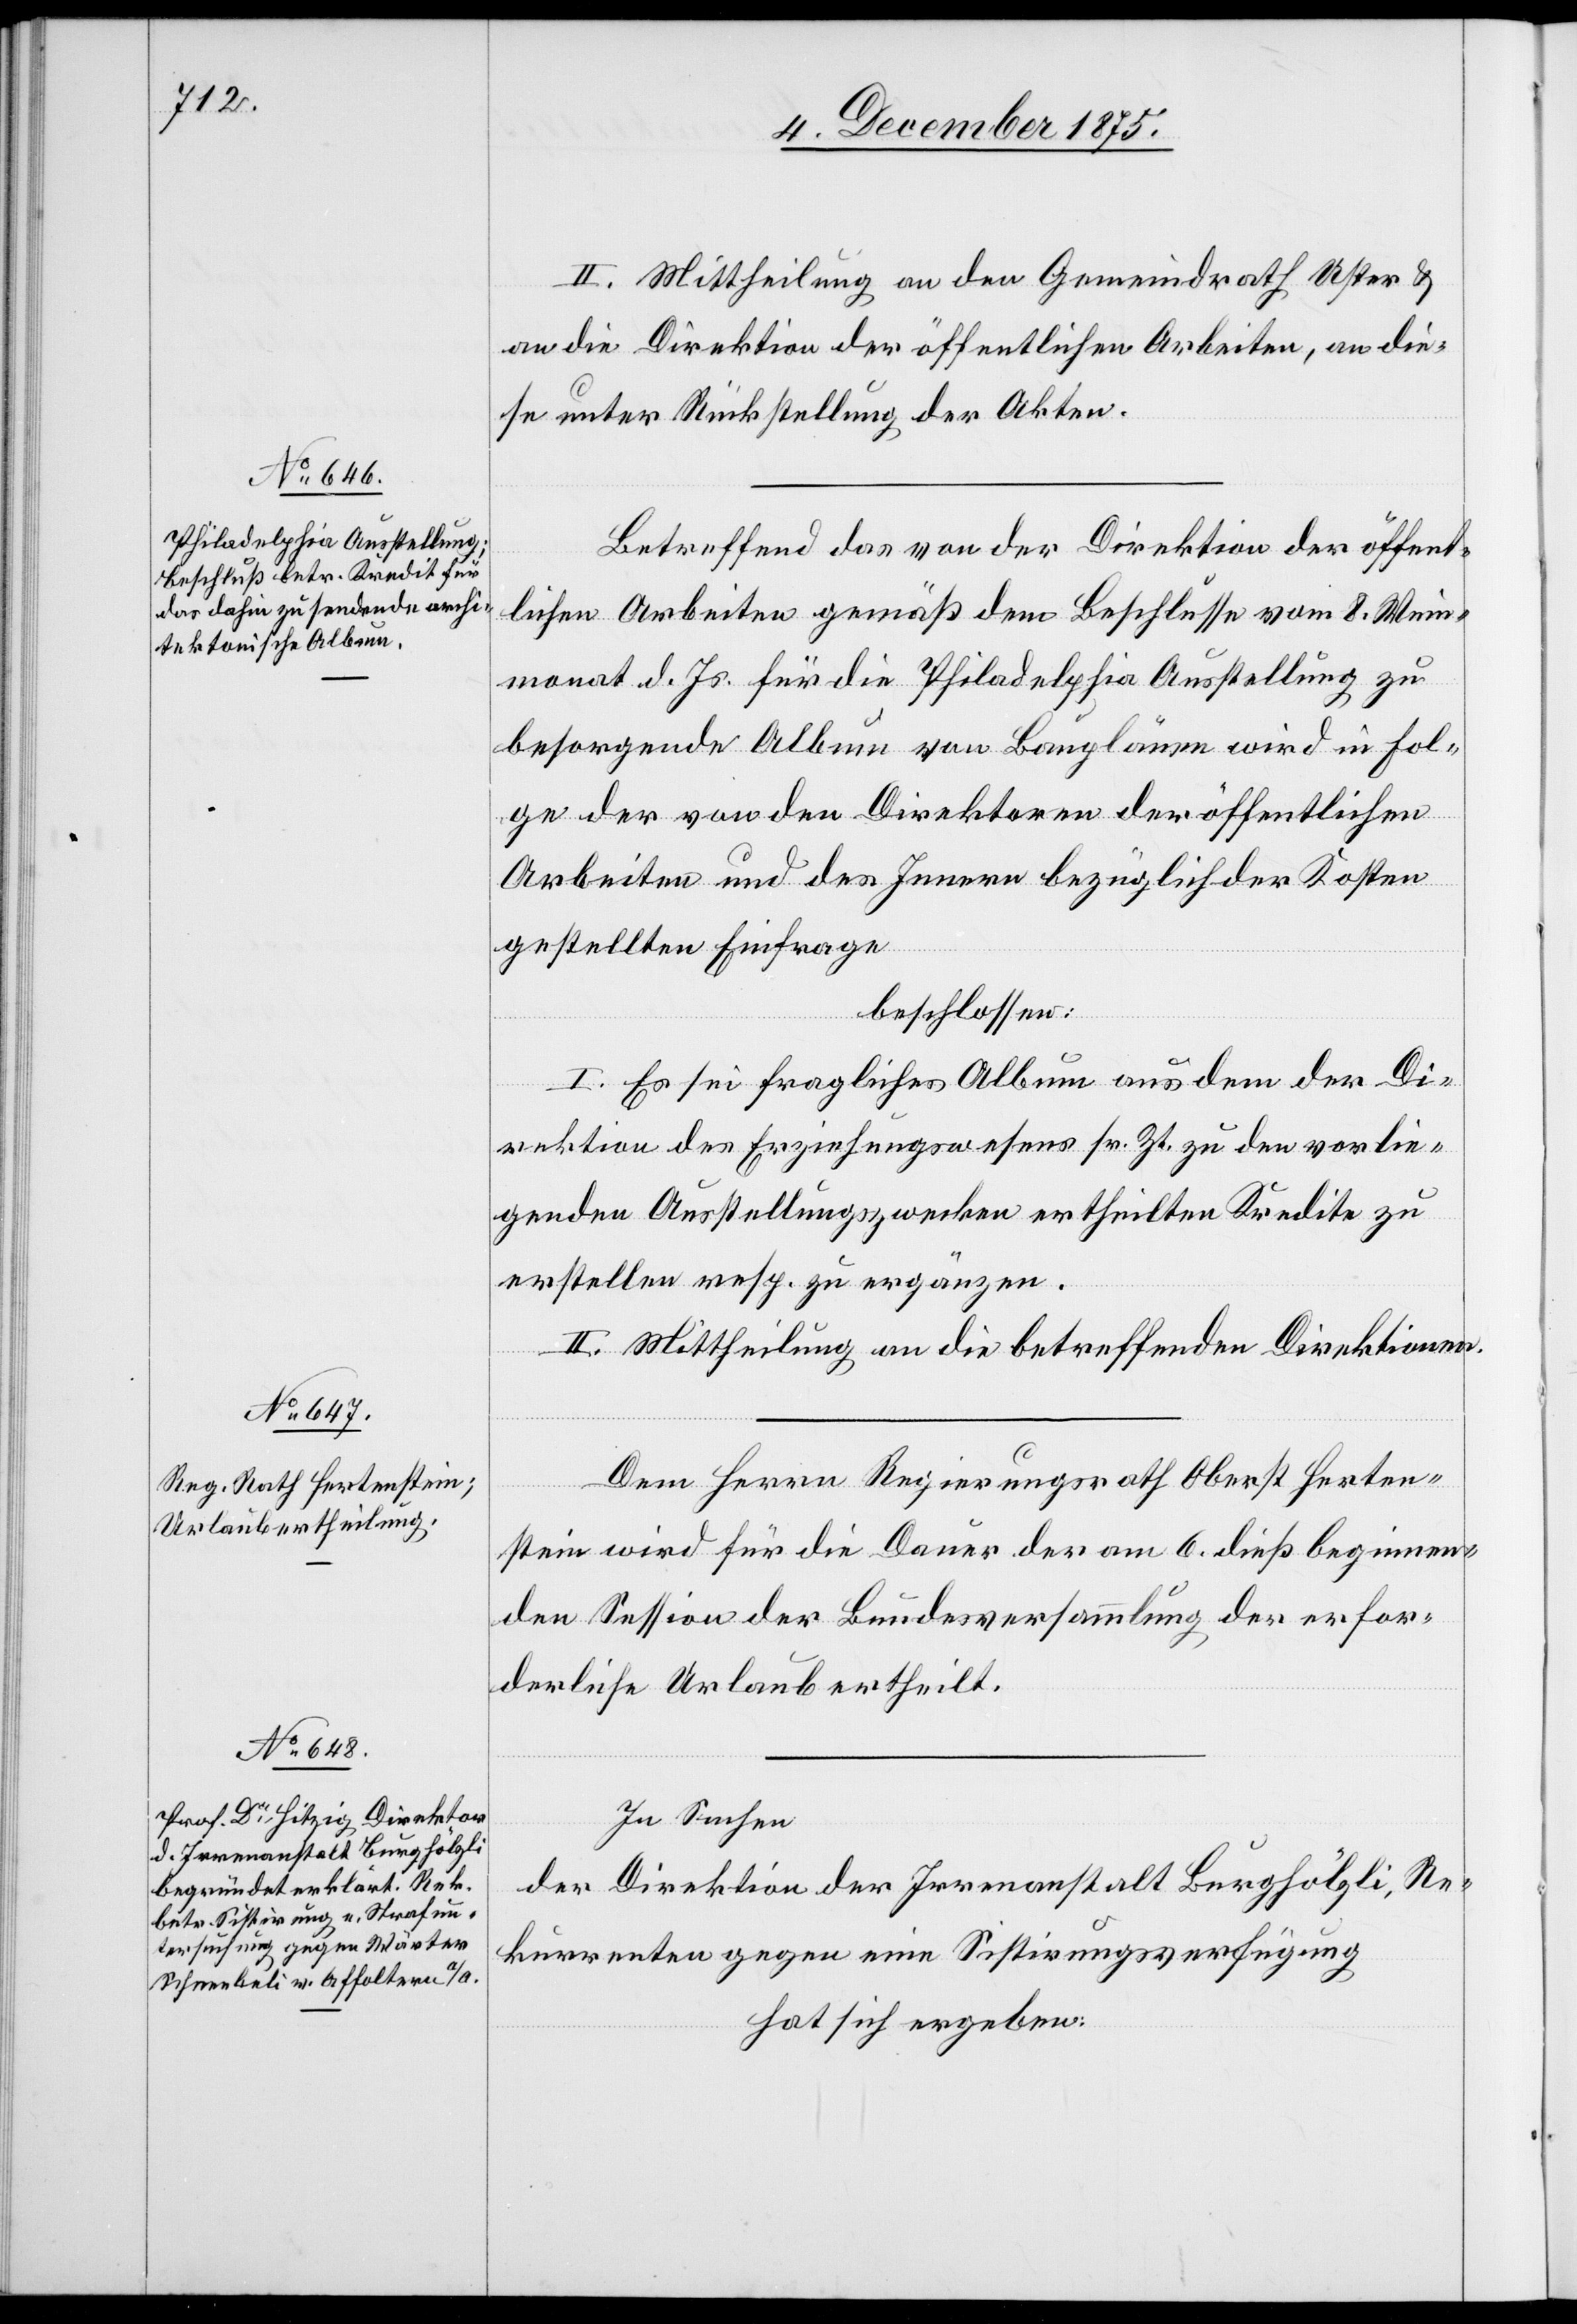
II. Mittheilung an den Gemeindrath Uster &
an die Direktion der öffentlichen Arbeiten, an die¬
se unter Rückstellung der Akten.
Betreffend das von der Direktion der öffent¬
lichen Arbeiten gemäß dem Beschlusse vom 8. Wein¬
monat d. Js. für die Philadelphia Ausstellung zu
besorgende Album von Bauplänen wird in Fol¬
ge der von den Direktoren der öffentlichen
Arbeiten und des Innern bezüglichen Kosten
gestellten Einfrage
beschlossen:
I. Es sei fragliches Album aus dem der Di¬
rektion des Erziehungswesens sr. Zt. den vorlie¬
genden Ausstellungszwecken ertheilten Kredite zu
erstellen resp. zu ergänzen.
II. Mittheilung an die betreffenden Direktionen.
Dem Herrn Regierungsrath Oberst Herten¬
stein wird für die Dauer der am 6. dieß beginnen¬
den Session der Bundesversammlung der erfor¬
derliche Urlaub ertheilt.
In Sachen
der Direktion der Irrenanstalt Burghölzli,
Rekurrenten gegen eine Sistirungsverfügung
hat sich ergeben: